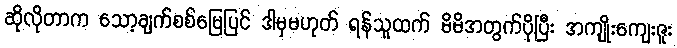
ဆိုလိုတာက သော့ချက်စစ်မြေပြင် ဒါမှမဟုတ် ရန်သူထက် မိမိအတွက်ပိုပြီး အကျိုးကျေးဇူး